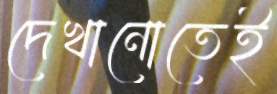
দেখানোতেই